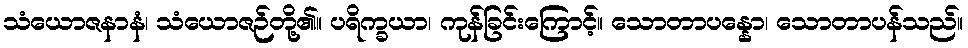
သံယောဇနာနံ၊ သံယောဇဉ်တို့၏။ ပရိက္ခယာ၊ ကုန်ခြင်းကြောင့်။ သောတာပန္နော၊ သောတာပန်သည်။